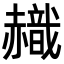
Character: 𧹹